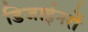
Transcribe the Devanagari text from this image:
डिजाईनरों